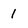
Character: 1